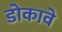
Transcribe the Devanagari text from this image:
डोकावे